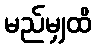
မည်မျှထိ